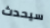
سيحدث